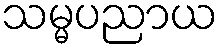
သမ္မပညာယ